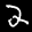
Label: 2